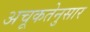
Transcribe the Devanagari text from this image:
अचूकतेनुसार